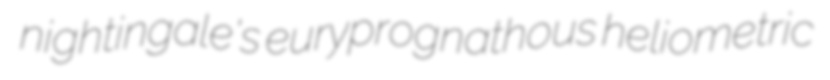
nightingale's euryprognathous heliometric